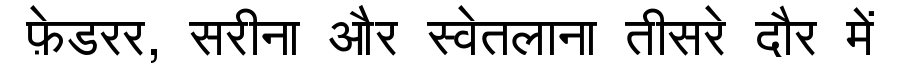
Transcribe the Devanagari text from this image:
फ़ेडरर, सरीना और स्वेतलाना तीसरे दौर में